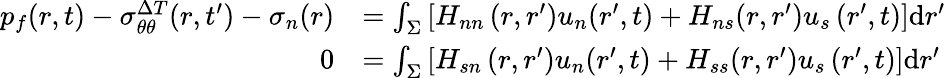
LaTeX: \begin{array}{rl}{p_{f}(r,t)-\sigma_{\theta\theta}^{\Delta T}(r,t^{\prime})-\sigma_{n}(r)}&{=\int_{\Sigma}\left[H_{nn}\left(r,r^{\prime}\right)u_{n}(r^{\prime},t)+H_{ns}(r,r^{\prime})u_{s}\left(r^{\prime},t\right)\right]\mathrm{d}r^{\prime}}\\ {0}&{=\int_{\Sigma}\left[H_{sn}\left(r,r^{\prime}\right)u_{n}(r^{\prime},t)+H_{ss}(r,r^{\prime})u_{s}\left(r^{\prime},t\right)\right]\mathrm{d}r^{\prime}}\end{array}